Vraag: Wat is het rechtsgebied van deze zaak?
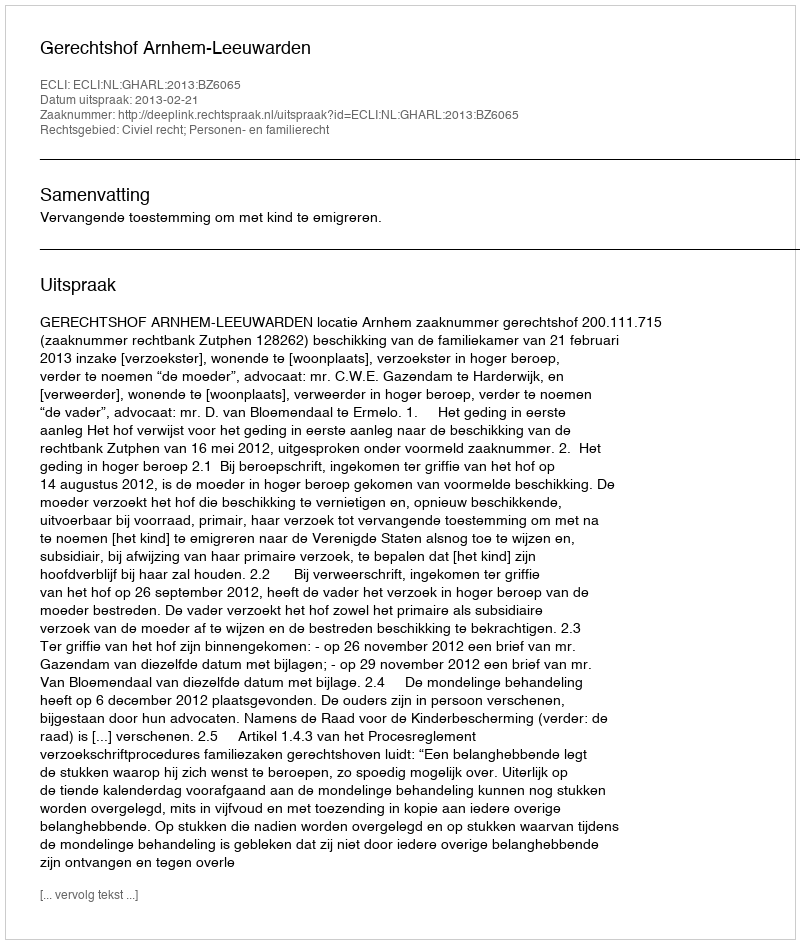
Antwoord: Civiel recht; Personen- en familierecht